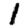
Digit: 1